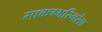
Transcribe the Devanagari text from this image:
साकम्भरिनरेश